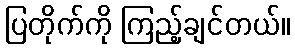
ပြတိုက်ကို ကြည့်ချင်တယ်။